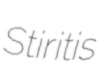
Stiritis